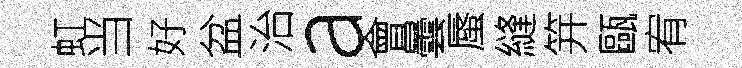
虹当好盆治a會曇蜃縫笄甌宥